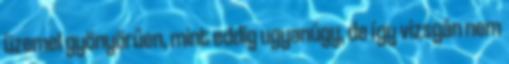
üzemel gyönyörűen, mint eddig ugyanúgy, de így vizsgán nem